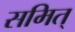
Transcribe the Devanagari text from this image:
समित्